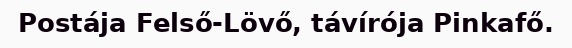
Postája Felső-Lövő, távírója Pinkafő.